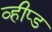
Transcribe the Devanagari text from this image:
व्हीप्ड